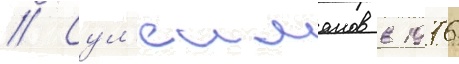
// Сул'еиманов в 1976